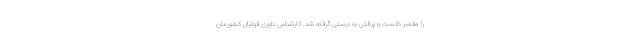
را مقصر دانست و پنالتی به درستی گرفته شد. کارشناس داوری فوتبال کشورمان